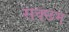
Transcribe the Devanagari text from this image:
सक्छम